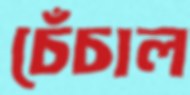
চেঁচাল